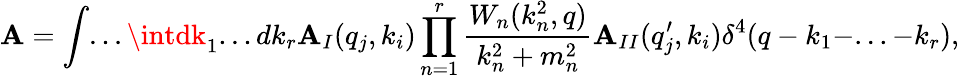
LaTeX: \mathbf{A}=\int...\intdk_{1}...dk_{r}\mathbf{A}_{I}(q_{j},k_{i})\prod_{n=1}^{r}\frac{{W_{n}(k_{n}^{2},q)}}{{k_{n}^{2}+m_{n}^{2}}}\mathbf{A}_{II}(q_{j}^{\prime},k_{i})\delta^{4}(q-k_{1}-...-k_{r}),